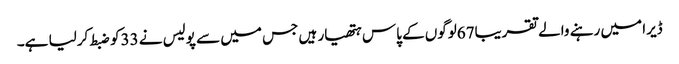
ڈیرا میں رہنے والے تقریبا67لوگوں کے پاس ہتھیار ہیں جس میں سے پولیس نے 33کو ضبط کرلیا ہے۔